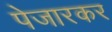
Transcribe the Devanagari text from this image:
पेजारकर